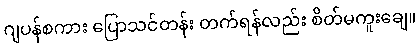
ဂျပန်စကား ပြောသင်တန်း တက်ရန်လည်း စိတ်မကူးချေ။